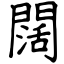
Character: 闊